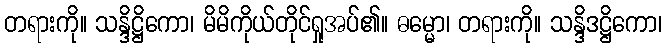
တရားကို။ သန္ဒိဋ္ဌိကော၊ မိမိကိုယ်တိုင်ရှုအပ်၏။ ဓမ္မော၊ တရားကို။ သန္ဒိဒဋ္ဌိကော၊